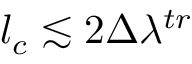
l _ { c } \lesssim 2 \Delta \lambda ^ { t r }